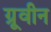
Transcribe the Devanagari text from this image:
ग्रूवीन